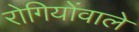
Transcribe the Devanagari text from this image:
रोगियोंवाले